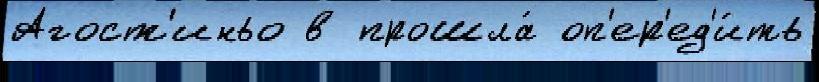
Агост'иньо в прошла́ оп'ер'ед'и́ть